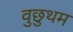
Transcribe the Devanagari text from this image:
वुछुथम